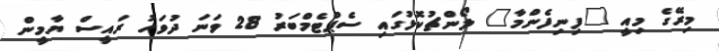
މިރޭގެ މިއީ "ފިނިފެންމާ" ލޯންޗުކޮޅުގައި ސެޕްޓެމްބަރު 28 ވަނަ ދުވަހު ރައީސް ޔާމީން